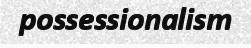
possessionalism